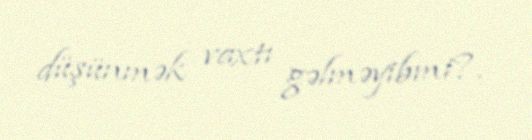
düşünmək vaxtı gəlməyibmi?.